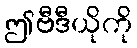
ဤဗီဒီယိုကို